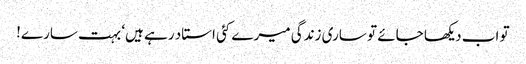
تو اب دیکھا جائے تو ساری زندگی میرے کئی استاد رہے ہیں‘ بہت سارے!